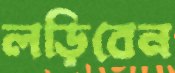
লড়িবেন